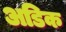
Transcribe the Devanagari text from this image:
अडिक